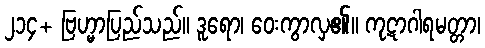
၂၁၄+ ဗြဟ္မာပြည်သည်။ ဒူရော၊ ဝေးကွာလှ၏။ ကုဋာဂါရမတ္တာ၊